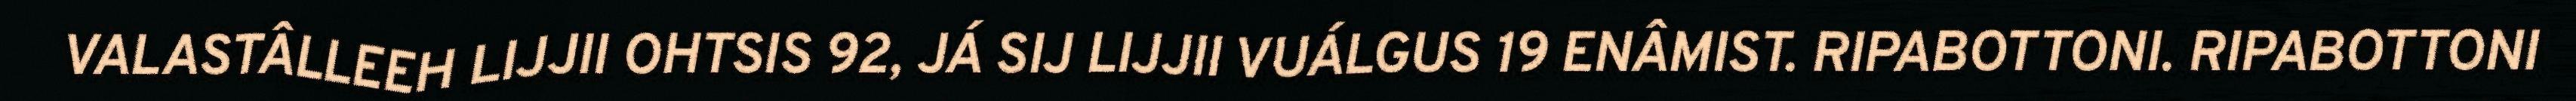
VALASTÂLLEEH LIJJII OHTSIS 92, JÁ SIJ LIJJII VUÁLGUS 19 ENÂMIST. RIPABOTTONI. RIPABOTTONI